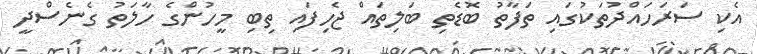
އެކި ސަރަހައްދުތަކުގައި ތަފާތު ބޮޑެތި ބަލިތައް ޖެހިފައި ތިބި މީހުންގެ ހާލަތު ގެނެސްދީ